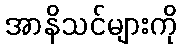
အာနိသင်များကို